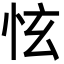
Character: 怰